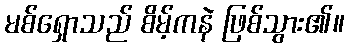
မစ်ရှောသည် စိမ့်ကနဲ ဖြစ်သွား၏။